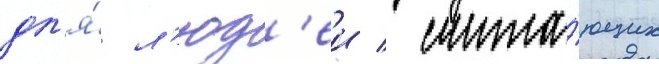
дл'я́ л'юд'еи / счита́ющих